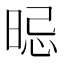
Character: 𣇡